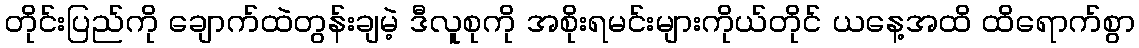
တိုင်းပြည်ကို ချောက်ထဲတွန်းချမဲ့ ဒီလူစုကို အစိုးရမင်းများကိုယ်တိုင် ယနေ့အထိ ထိရောက်စွာ